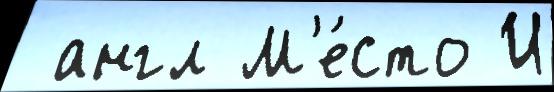
 англ М'е́сто И